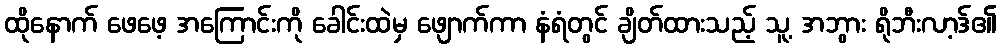
ထိုနောက် ဖေဖေ့ အကြောင်းကို ခေါင်းထဲမှ ဖျောက်ကာ နံရံတွင် ချိတ်ထားသည့် သူ့ အဘွား ရိုဘီးလာ့ဒ်၏